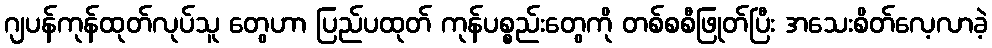
ဂျပန်ကုန်ထုတ်လုပ်သူ တွေဟာ ပြည်ပထုတ် ကုန်ပစ္စည်းတွေကို တစ်စစီဖြုတ်ပြီး အသေးစိတ်လေ့လာခဲ့